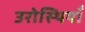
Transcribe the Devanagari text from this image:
उरोस्थियाँ